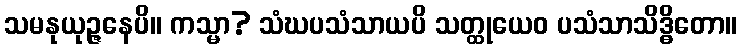
သမနုယုဉ္ဇနေပိ။ ကသ္မာ? သံဃပသံသာယပိ သတ္ထုယေဝ ပသံသာသိဒ္ဓိတော။